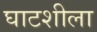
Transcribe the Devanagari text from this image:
घाटशीला